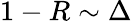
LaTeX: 1-R\sim\Delta